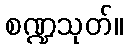
စဏ္ဍသုတ်။